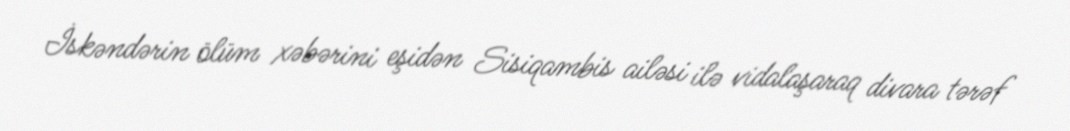
İskəndərin ölüm xəbərini eşidən Sisiqambis ailəsi ilə vidalaşaraq divara tərəf